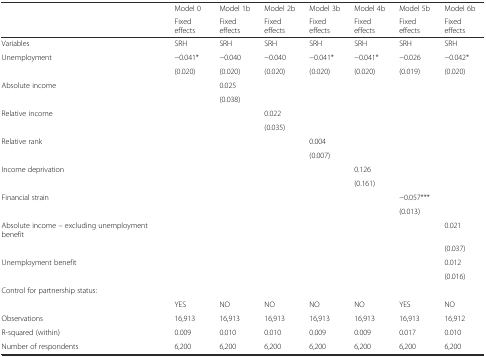
<table><thead><tr><td></td><td><b>Model 0</b></td><td><b>Model 1b</b></td><td><b>Model 2b</b></td><td><b>Model 3b</b></td><td><b>Model 4b</b></td><td><b>Model 5b</b></td><td><b>Model 6b</b></td></tr><tr><td></td><td><b>Fixed effects</b></td><td><b>Fixed effects</b></td><td><b>Fixed effects</b></td><td><b>Fixed effects</b></td><td><b>Fixed effects</b></td><td><b>Fixed effects</b></td><td><b>Fixed effects</b></td></tr></thead><tbody><tr><td>Variables</td><td>SRH</td><td>SRH</td><td>SRH</td><td>SRH</td><td>SRH</td><td>SRH</td><td>SRH</td></tr><tr><td>Unemployment</td><td>−0.041*</td><td>−0.040</td><td>−0.040</td><td>−0.041*</td><td>−0.041*</td><td>−0.026</td><td>−0.042*</td></tr><tr><td></td><td>(0.020)</td><td>(0.020)</td><td>(0.020)</td><td>(0.020)</td><td>(0.020)</td><td>(0.019)</td><td>(0.020)</td></tr><tr><td>Absolute income</td><td></td><td>0.025</td><td></td><td></td><td></td><td></td><td></td></tr><tr><td></td><td></td><td>(0.038)</td><td></td><td></td><td></td><td></td><td></td></tr><tr><td>Relative income</td><td></td><td></td><td>0.022</td><td></td><td></td><td></td><td></td></tr><tr><td></td><td></td><td></td><td>(0.035)</td><td></td><td></td><td></td><td></td></tr><tr><td>Relative rank</td><td></td><td></td><td></td><td>0.004</td><td></td><td></td><td></td></tr><tr><td></td><td></td><td></td><td></td><td>(0.007)</td><td></td><td></td><td></td></tr><tr><td>Income deprivation</td><td></td><td></td><td></td><td></td><td>0.126</td><td></td><td></td></tr><tr><td></td><td></td><td></td><td></td><td></td><td>(0.161)</td><td></td><td></td></tr><tr><td>Financial strain</td><td></td><td></td><td></td><td></td><td></td><td>−0.057***</td><td></td></tr><tr><td></td><td></td><td></td><td></td><td></td><td></td><td>(0.013)</td><td></td></tr><tr><td>Absolute income – excluding unemployment benefit</td><td></td><td></td><td></td><td></td><td></td><td></td><td>0.021</td></tr><tr><td></td><td></td><td></td><td></td><td></td><td></td><td></td><td>(0.037)</td></tr><tr><td>Unemployment benefit</td><td></td><td></td><td></td><td></td><td></td><td></td><td>0.012</td></tr><tr><td></td><td></td><td></td><td></td><td></td><td></td><td></td><td>(0.016)</td></tr><tr><td>Control for partnership status:</td><td></td><td></td><td></td><td></td><td></td><td></td><td></td></tr><tr><td></td><td>YES</td><td>NO</td><td>NO</td><td>NO</td><td>NO</td><td>YES</td><td>NO</td></tr><tr><td>Observations</td><td>16,913</td><td>16,913</td><td>16,913</td><td>16,913</td><td>16,913</td><td>16,913</td><td>16,912</td></tr><tr><td>R-squared (within)</td><td>0.009</td><td>0.010</td><td>0.010</td><td>0.009</td><td>0.009</td><td>0.017</td><td>0.010</td></tr><tr><td>Number of respondents</td><td>6,200</td><td>6,200</td><td>6,200</td><td>6,200</td><td>6,200</td><td>6,200</td><td>6,200</td></tr></tbody></table>